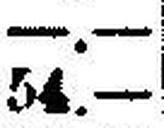
54.—